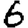
Digit: 6